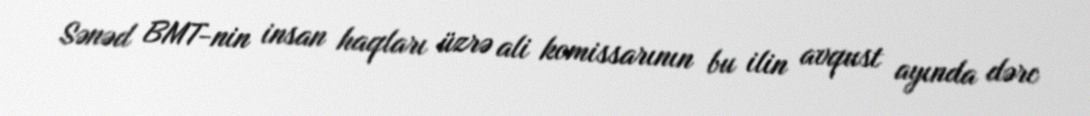
Sənəd BMT-nin insan haqları üzrə ali komissarının bu ilin avqust ayında dərc